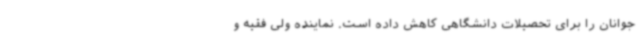
جوانان را برای تحصیلات دانشگاهی کاهش داده است. نماینده ولی فقیه و